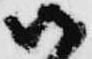
御